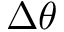
\Delta \theta